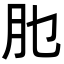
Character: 𦘮